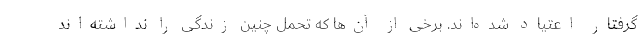
گرفتار اعتیاد شده‌اند. برخی از آن‌ها که تحمل چنین زندگی را نداشته‌اند